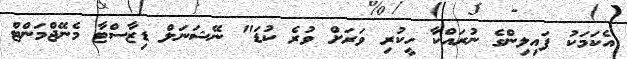
އެކަމަކު ފައިލިންގެ ނުރައްކާ ހީކުރި ވަރަށް ވުރެ ކުޑަ" ނޭޝަނަލް ޑިޒާސްޓާ މެނޭޖްމަންޓް